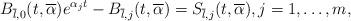
LaTeX: \begin{align*}B_{\overline{l},0} (t,\overline\alpha) e^{\alpha_j t} - B_{\overline{l},j} (t,\overline\alpha) =S_{\overline{l},j} (t,\overline\alpha) , j=1, \ldots, m,\end{align*}